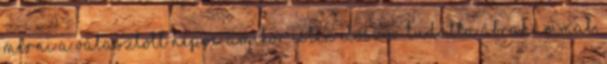
mérni a választott népre. Amikor Isten először tudatta Ábrahámmal,